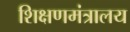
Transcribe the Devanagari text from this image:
शिक्षणमंत्रालय